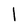
Character: l